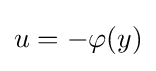
{\begin{matrix}u=-\varphi (y)\end{matrix}}